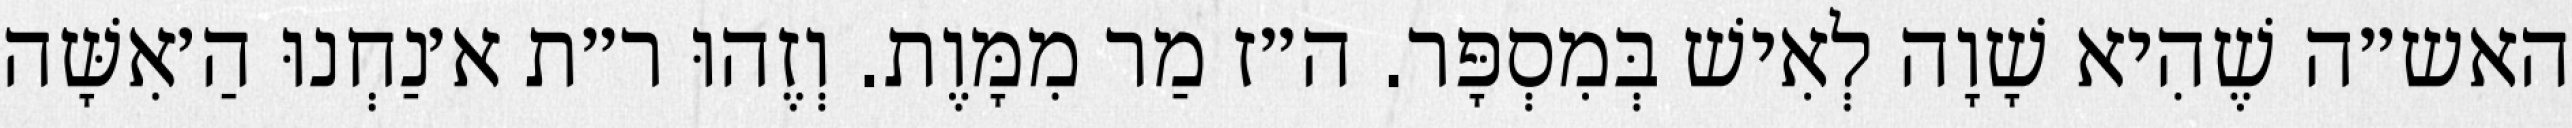
האש״ה שֶׁהִיא שָׁוָה לְאִישׁ בְּמִסְפָּר. ה״ז מַר מִמָּוֶת. וְזֶהוּ ר״ת א׳נַחְנוּ הַ׳אִשָּׁה